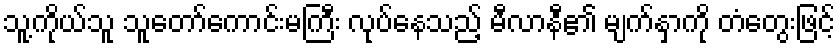
သူ့ကိုယ်သူ သူတော်ကောင်းမကြီး လုပ်နေသည့် မီလာနီ၏ မျက်နှာကို တံတွေးဖြင့်